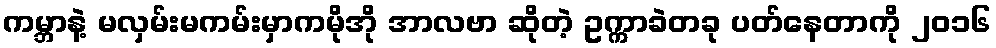
ကမ္ဘာနဲ့ မလှမ်းမကမ်းမှာကမိုအို အာလဗာ ဆိုတဲ့ ဥက္ကာခဲတခု ပတ်နေတာကို ၂၀၁၆